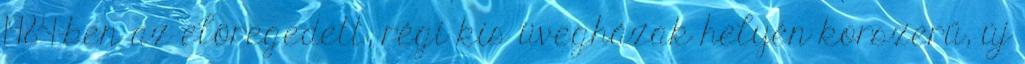
1984-ben az elöregedett, régi kis üvegházak helyén korszerű, új